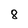
Character: 8